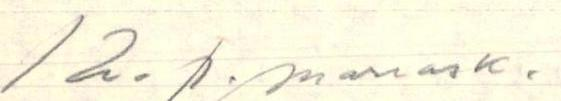
12.p. marrask.